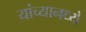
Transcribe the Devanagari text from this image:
यांच्यानध्ये